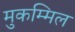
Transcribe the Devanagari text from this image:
मुकम्मिल